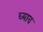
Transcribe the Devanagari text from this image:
घ्याव